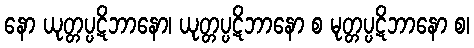
နော ယုတ္တပ္ပဋိဘာနော၊ ယုတ္တပ္ပဋိဘာနော စ မုတ္တပ္ပဋိဘာနော စ၊